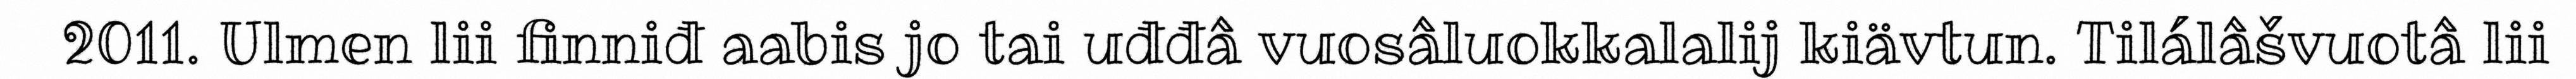
2011. Ulmen lii finniđ aabis jo tai uđđâ vuosâluokkalalij kiävtun. Tilálâšvuotâ lii